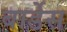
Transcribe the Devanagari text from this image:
बार्डेस